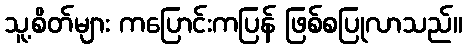
သူ့စိတ်များ ကပြောင်းကပြန် ဖြစ်စပြုလာသည်။